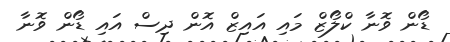
ޑޯން ވޮނާ ކްލޯޒް މައި އައިޒް އޮން ދިސް އައި ޑޯން ވޮނާ